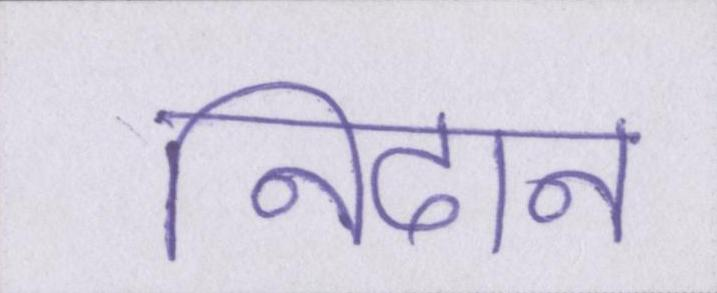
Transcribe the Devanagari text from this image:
निदान